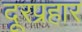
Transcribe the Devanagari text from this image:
दूरप्रहार